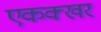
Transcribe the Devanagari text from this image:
एकक्खर